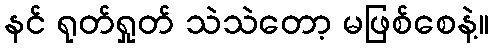
နင် ရုတ်ရှုတ် သဲသဲတော့ မဖြစ်စေနဲ့။